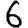
Digit: 6